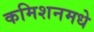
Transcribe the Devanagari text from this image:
कमिशनमधे